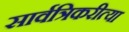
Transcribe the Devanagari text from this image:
सार्वत्रिकरीत्या